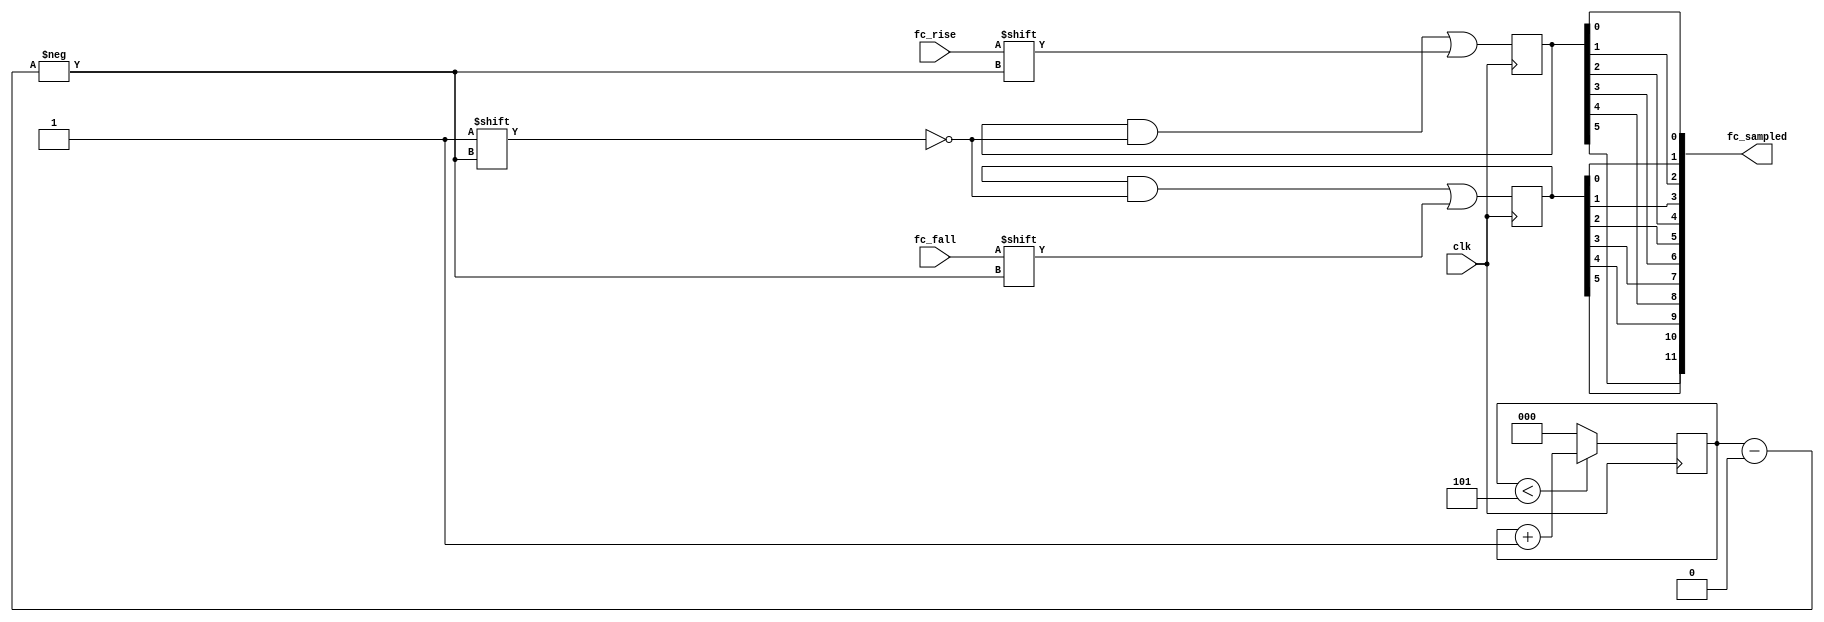
module x64_adc_fcsample (
    input         clk,
    input         fc_rise,
    input         fc_fall,
    output [11:0] fc_sampled 
  );

  reg [2:0] index;

  reg [5:0] fcs_r;
  reg [5:0] fcs_f;

  always @(posedge clk) begin
    index <= index < 5 ? index + 1 : 0;
    fcs_r[index] <= fc_rise;
    fcs_f[index] <= fc_fall;
  end
  assign fc_sampled = {fcs_f[5], fcs_r[5], fcs_f[4], fcs_r[4],
                       fcs_f[3], fcs_r[3], fcs_f[2], fcs_r[2],
                       fcs_f[1], fcs_r[1], fcs_f[0], fcs_r[0]};


endmodule